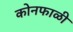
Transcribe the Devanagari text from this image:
कोनफाळी